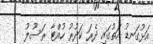
އަޅުގަނޑު އަތުގައި ދެރަ ކަދުރު ހުއްޓާ ރަސޫލު